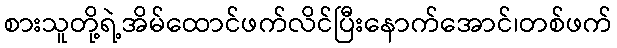
စားသူတို့ရဲ့အိမ်ထောင်ဖက်လိင်ပြီးနောက်အောင်၊တစ်ဖက်